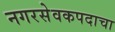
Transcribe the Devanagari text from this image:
नगरसेवकपदाचा